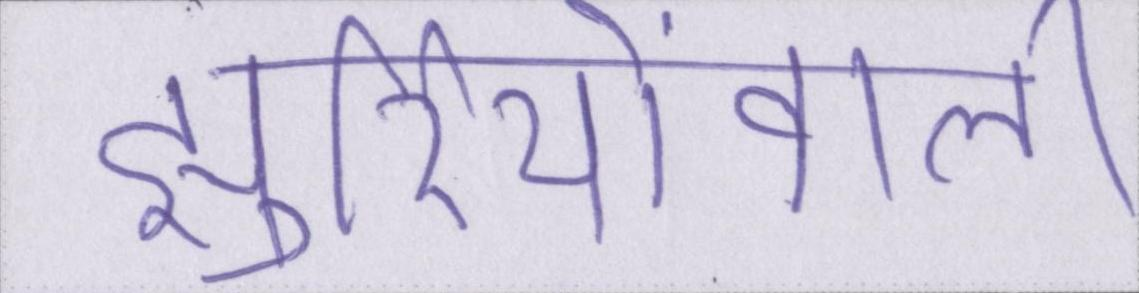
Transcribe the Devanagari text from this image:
झुर्रियोंवाली